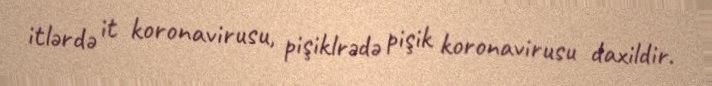
itlərdə it koronavirusu, pişiklrədə pişik koronavirusu daxildir.